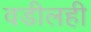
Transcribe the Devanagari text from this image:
वडीलही